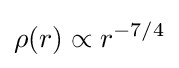
\rho (r)\propto r^{-7/4}